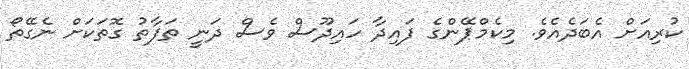
ކުރިއަށް އެބަދެއެވެ. މިކެމްޕޭންގެ ފައިދާ ހައިދޫސް ވެސް ދަނީ ތަފާތު ގޮތަކަށް ނެގޭތޯ